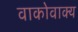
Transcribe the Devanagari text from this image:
वाकोवाक्य